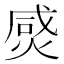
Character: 𤊸